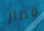
قصار